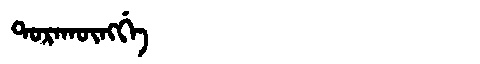
Manchu: ᡨᠣᡵᠠᡴᡡᠩᡤᡝ
Romanization: TORAKŪNGGE